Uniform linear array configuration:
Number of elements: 64
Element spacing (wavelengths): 0.25
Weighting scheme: blackman
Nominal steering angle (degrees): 30
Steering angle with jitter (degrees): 31.417
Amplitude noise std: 0.05
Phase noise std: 0.05

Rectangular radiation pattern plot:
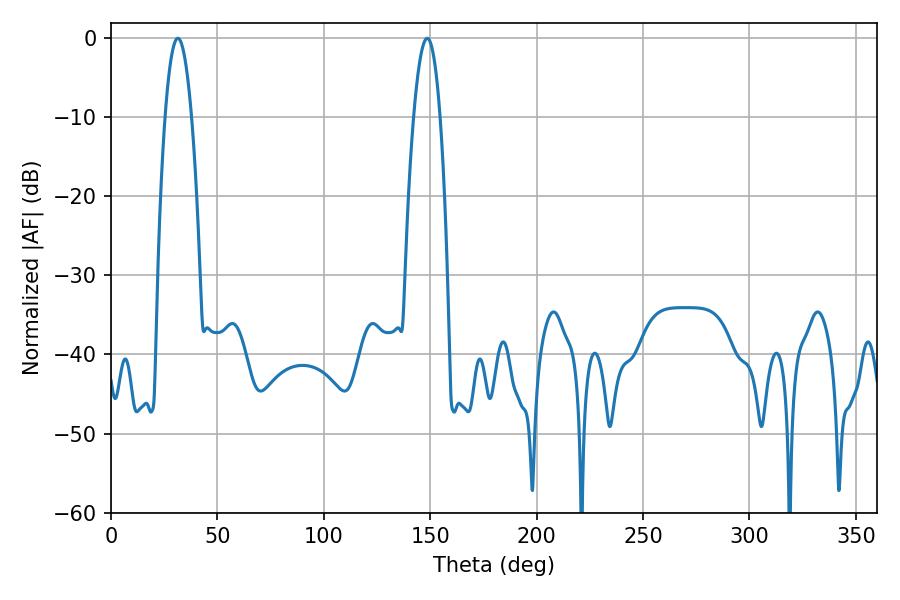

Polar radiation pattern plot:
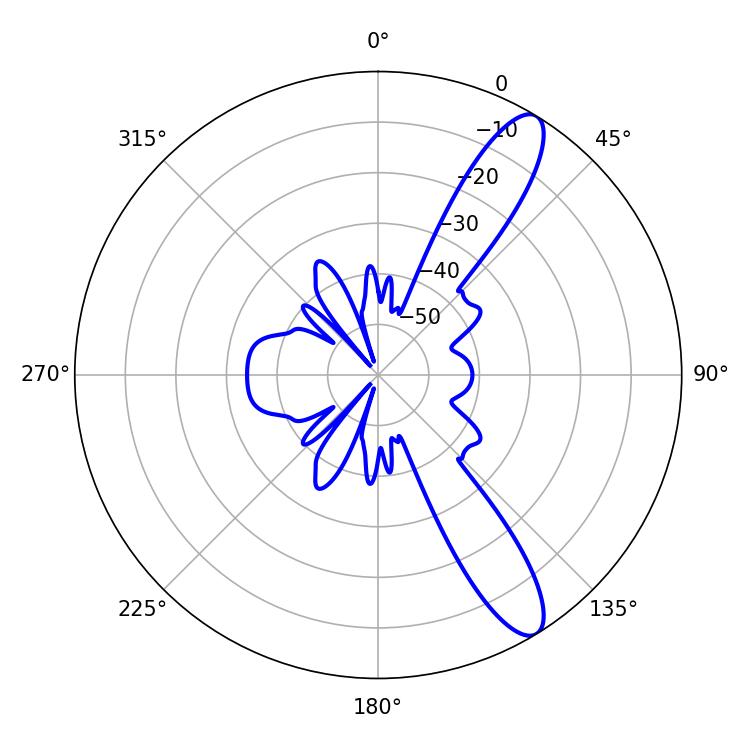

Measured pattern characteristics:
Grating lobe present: FALSE
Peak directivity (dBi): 11.73
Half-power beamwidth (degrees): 6.84
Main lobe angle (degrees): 31.5